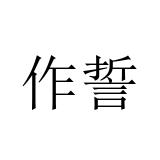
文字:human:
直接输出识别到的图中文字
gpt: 作誓